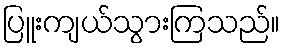
ပြူးကျယ်သွားကြသည်။